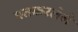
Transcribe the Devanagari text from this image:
पतकरलेले